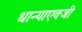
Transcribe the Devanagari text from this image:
धान्याएवजी